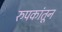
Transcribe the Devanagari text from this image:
रुपकांतून